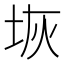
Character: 𭎑